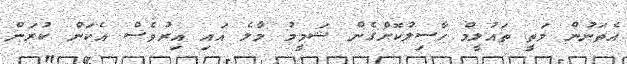
އެތަނުން މަތީ ތައުލީމް ހާސިލުކޮށްގެން ޝަމީމު މާލެ އައި އިރުވެސް އެކަން ކުރަން